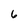
Character: 6